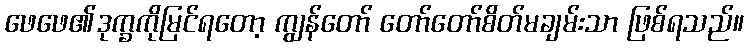
ဖေဖေ၏ဒုက္ခကိုမြင်ရတော့ ကျွန်တော် တော်တော်စိတ်မချမ်းသာ ဖြစ်ရသည်။